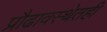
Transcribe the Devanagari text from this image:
प्रौढावस्थेतही